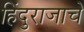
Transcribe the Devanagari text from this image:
हिंदुराजाचे